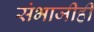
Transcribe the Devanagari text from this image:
संभाजीही